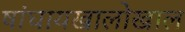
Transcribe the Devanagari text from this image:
षांघायखालोखाल